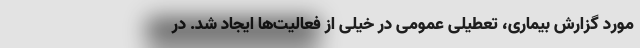
مورد گزارش بیماری، تعطیلی عمومی در خیلی از فعالیت‌ها ایجاد شد. در